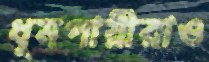
ধূমপায়ীরাও